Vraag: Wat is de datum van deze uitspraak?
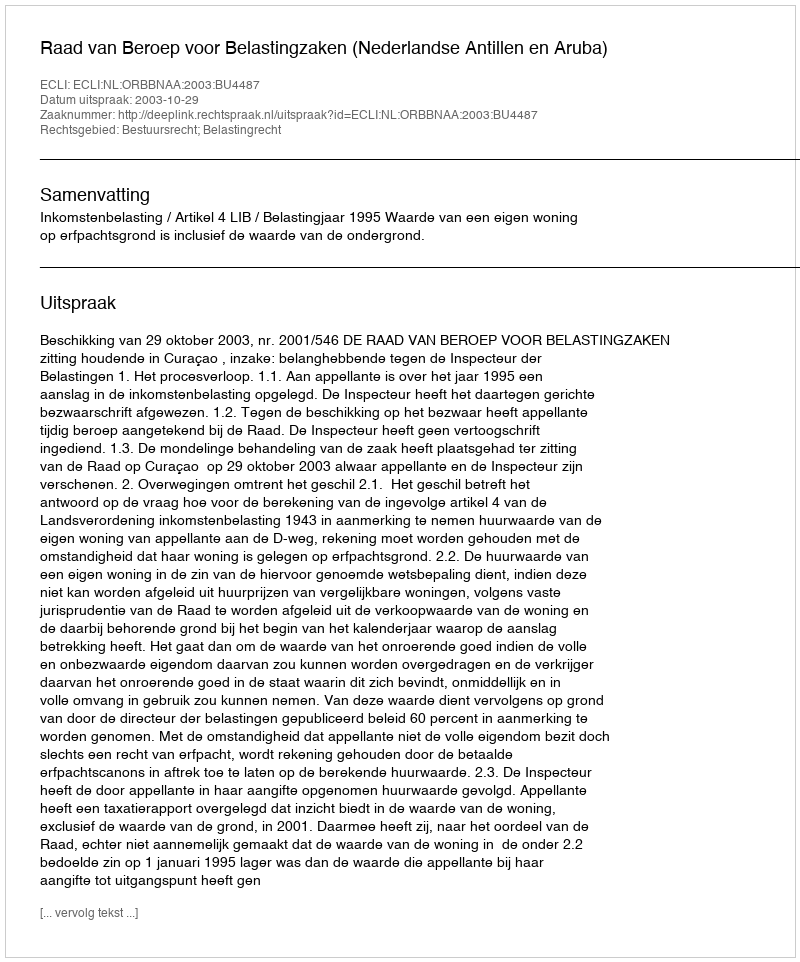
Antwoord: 2003-10-29